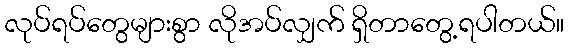
လုပ်ရပ်တွေများစွာ လိုအပ်လျှက် ရှိတာတွေ့ရပါတယ်။